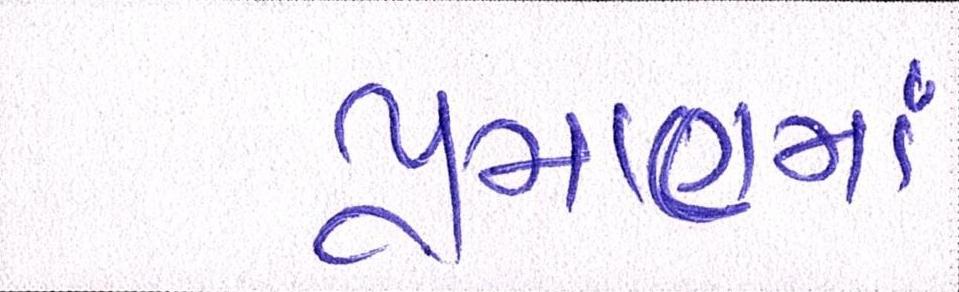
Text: પ્રમાણમાં